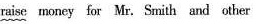
raise money for Mr. Smith and other